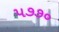
૫૭૭૦